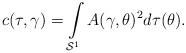
LaTeX: \begin{align*} c(\tau,\gamma) =\int\limits_{\mathcal{S}^{1}} A(\gamma,\theta)^{2}d\tau(\theta).\end{align*}